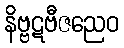
နိဗ္ဗဋဗီဇညေဝ